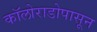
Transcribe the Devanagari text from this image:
कॉलोराडोपासून